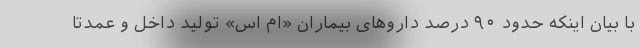
با بیان اینکه حدود ۹۰ درصد داروهای بیماران «ام اس» تولید داخل و عمدتا